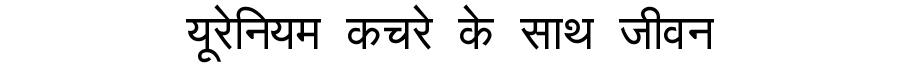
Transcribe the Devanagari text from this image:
यूरेनियम कचरे के साथ जीवन